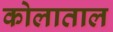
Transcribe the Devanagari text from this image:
कोलाताल